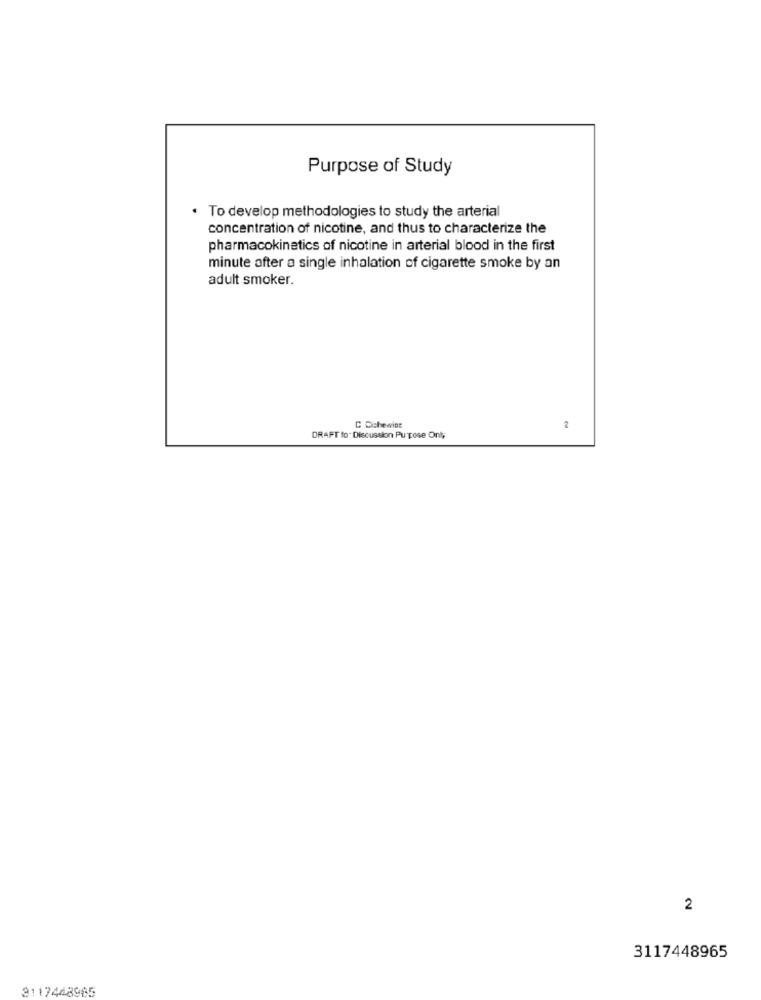
Purpose of Study
. To develop methodologies to study the arterial
concentration of nicotine, and thus to characterize the
pharmacokinetics of nicotine in arterial blood in the first
minute after a single inhalation of cigarette smoke by an
adult smoker.
C Ochewine
2
DRAFT to. Discussion Pu pose Only
2
3117448965
3117448965